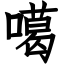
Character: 噶